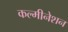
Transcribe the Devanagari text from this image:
कल्मीनेशन